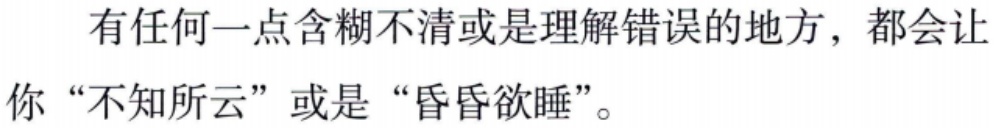
有任何一点含糊不清或是理解错误的地方，都会让你“不知所云”或是“昏昏欲睡”。